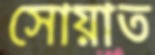
সোয়াত